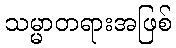
သမ္မာတရားအဖြစ်